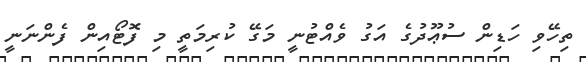
ތިހޭވި ހަޑިން ސުޢޫދުގެ އަގު ވެއްޓުނީ މަގޭ ކުރިމަތީ މި ފޮޓޯއިން ފެންނަނީ